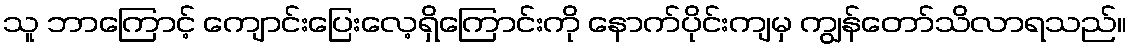
သူ ဘာကြောင့် ကျောင်းပြေးလေ့ရှိကြောင်းကို နောက်ပိုင်းကျမှ ကျွန်တော်သိလာရသည်။